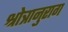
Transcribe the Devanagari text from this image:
श्रोत्रानुराग